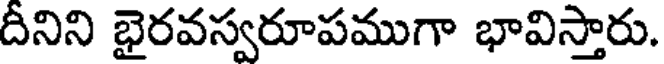
దీనిని భైరవస్వరూపముగా భావిస్తారు.